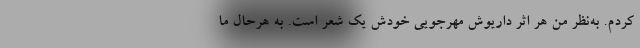
کردم. به‌نظر من هر اثر داریوش مهرجویی خودش یک شعر است. به هرحال ما